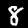
Digit: 8